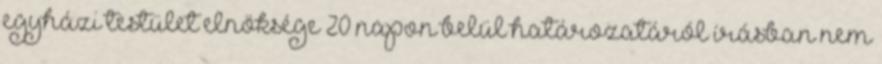
egyházi testület elnöksége 20 napon belül határozatáról írásban nem